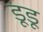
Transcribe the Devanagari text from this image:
डूडू